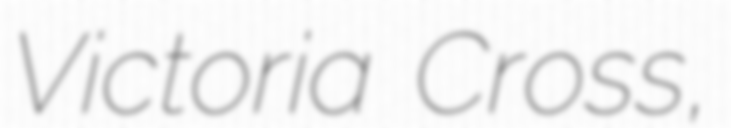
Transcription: Victoria Cross,